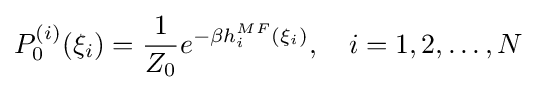
P_{0}^{(i)}(\xi _{i})={\frac {1}{Z_{0}}}e^{-\beta h_{i}^{MF}(\xi _{i})},\quad i=1,2,\ldots ,N